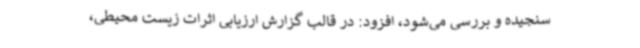
سنجیده و بررسی می‌شود، افزود: در قالب گزارش ارزیابی اثرات زیست محیطی،